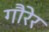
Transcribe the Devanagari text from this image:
गौरेर